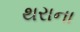
થરાના